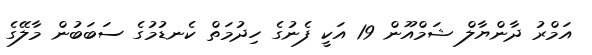
އަމްރު ދާންޔާލް ޝަމްއޫން 19 އަކީ ފެނުގެ ހިދުމަތް ކެނޑުމުގެ ސަބަބުން މާލޭގެ